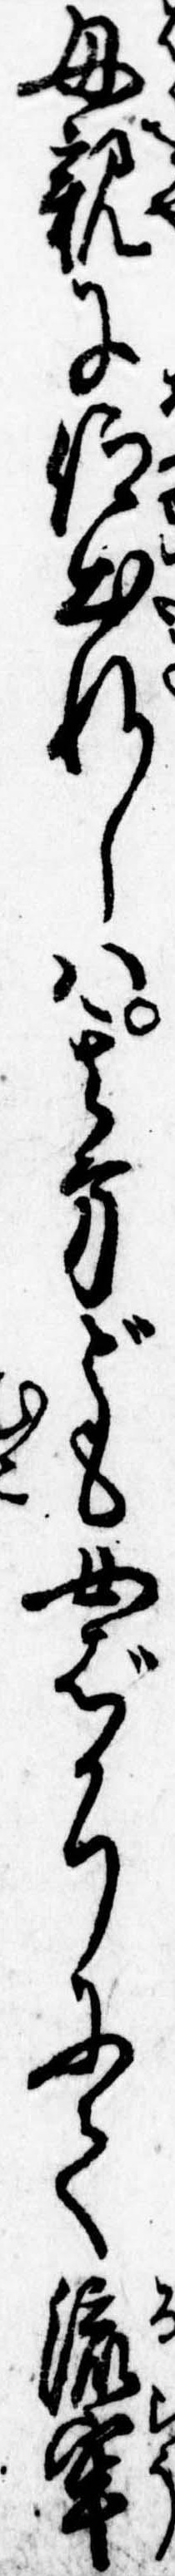
母親に仰出れしは其方ども女ばかりにて流牢